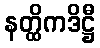
နတ္ထိကဒိဋ္ဌီ